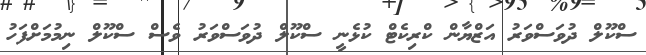
ސްކޫލް ދުވަސްވަރު އަޒްޔާން ކްރިކެޓް ކުޅެނީ ސްކޫލް ދުވަސްވަރު ވެސް ސްކޫލް ނިމުމަށްފަހު